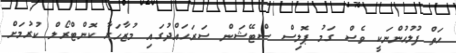
ހަތް ފުލުހުންނަކީ ވެސް ގަމު ޕޮލިސް ސްޓޭޝަން ސަރަހައްދުގައި މުޒާހަރާ ކޮންޓްރޯލް ކުރުމަށް